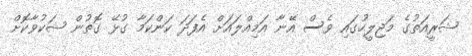
ޝަރީއަތުގެ މަޖިލީހުގައި ވެސް އޭނާ އަމިއްލައަށް އެފަދަ ކަންކަމާ ގުޅޭ ގޮތުން ޝަކުވާކޮށް